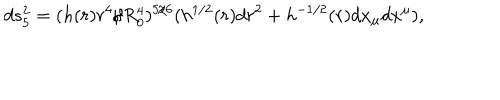
d s _ { 5 } ^ { 2 } = ( h ( r ) r ^ { 4 } / R _ { 0 } ^ { 4 } ) ^ { 5 / 6 } ( h ^ { 1 / 2 } ( r ) d r ^ { 2 } + h ^ { - 1 / 2 } ( r ) d x _ { \mu } d x ^ { \mu } ) ,